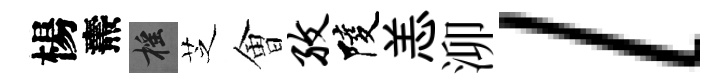
楊燾摇芝㑹孜陵恙泖l